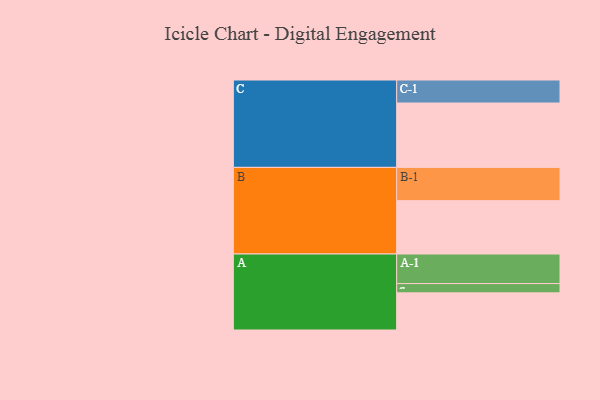
{"axis": {"x": "Segment", "y": "Value"}, "legend": ["", "A", "B", "C"], "data": [{"x": "A", "y": 300, "type": ""}, {"x": "B", "y": 431, "type": ""}, {"x": "C", "y": 520, "type": ""}, {"x": "A-1", "y": 239, "type": "A"}, {"x": "A-2", "y": 75, "type": "A"}, {"x": "B-1", "y": 269, "type": "B"}, {"x": "C-1", "y": 186, "type": "C"}]}